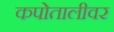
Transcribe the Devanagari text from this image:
कपोतालीवर